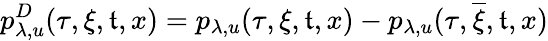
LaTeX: p_{\lambda,u}^{D}(\tau,\xi,\mathfrak{t},x)=p_{\lambda,u}(\tau,\xi,\mathfrak{t},x)-p_{\lambda,u}(\tau,\overline{{{\xi}}},\mathfrak{t},x)